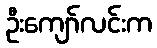
ဦးကျော်လင်းက